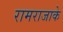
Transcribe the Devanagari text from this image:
रामराजाके